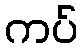
ကပ်